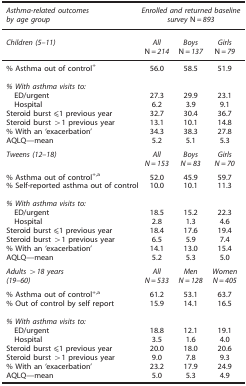
<table><thead><tr><td><b><i>Asthma-related outcomes by age group</i></b></td><td colspan="3"><b><i>Enrolled and returned baseline survey</i> N<i>=893</i></b></td></tr><tr><td><b><i>Children (5–11)</i></b></td><td><b><i>All</i> N<i>=214</i></b></td><td><b><i>Boys</i> N<i>=137</i></b></td><td><b><i>Girls</i> N<i>=79</i></b></td></tr></thead><tbody><tr><td>% Asthma out of control<sup>+</sup></td><td>56.0</td><td>58.5</td><td>51.9</td></tr><tr><td colspan="4"><i>% With asthma visits to:</i></td></tr><tr><td> ED/urgent</td><td>27.3</td><td>29.9</td><td>23.1</td></tr><tr><td> Hospital</td><td>6.2</td><td>3.9</td><td>9.1</td></tr><tr><td>Steroid burst ⩽1 previous year</td><td>32.7</td><td>30.4</td><td>36.7</td></tr><tr><td>Steroid burst &gt;1 previous year</td><td>13.1</td><td>10.1</td><td>14.8</td></tr><tr><td>% With an ‘exacerbation’</td><td>34.3</td><td>38.3</td><td>27.8</td></tr><tr><td>AQLQ—mean</td><td>5.2</td><td>5.1</td><td>5.3</td></tr><tr><td><i>Tweens (12–18)</i></td><td><i>All</i><i>N</i><i>=153</i></td><td><i>Boys</i><i>N</i><i>=83</i></td><td><i>Girls</i><i>N</i><i>=70</i></td></tr><tr><td>% Asthma out of control<sup>+,</sup>a</td><td>52.0</td><td>45.9</td><td>59.7</td></tr><tr><td>% Self-reported asthma out of control</td><td>10.0</td><td>10.1</td><td>11.3</td></tr><tr><td colspan="4"><i>% With asthma visits to:</i></td></tr><tr><td> ED/urgent</td><td>18.5</td><td>15.2</td><td>22.3</td></tr><tr><td> Hospital</td><td>2.8</td><td>1.3</td><td>4.6</td></tr><tr><td>Steroid burst ⩽1 previous year</td><td>18.4</td><td>17.6</td><td>19.4</td></tr><tr><td>Steroid burst &gt;1 previous year</td><td>6.5</td><td>5.9</td><td>7.4</td></tr><tr><td>% With an ‘exacerbation’</td><td>14.1</td><td>13.0</td><td>15.4</td></tr><tr><td>AQLQ—mean</td><td>5.2</td><td>5.3</td><td>5.0</td></tr><tr><td><i>Adults &gt;18 years (19–60)</i></td><td><i>All</i><i>N</i><i>=533</i></td><td><i>Men</i><i>N</i><i>=128</i></td><td><i>Women</i><i>N</i><i>=405</i></td></tr><tr><td>% Asthma out of control<sup>+,</sup>a</td><td>61.2</td><td>53.1</td><td>63.7</td></tr><tr><td>% Out of control by self report</td><td>15.9</td><td>14.1</td><td>16.5</td></tr><tr><td colspan="4"><i>% With asthma visits to:</i></td></tr><tr><td> ED/urgent</td><td>18.8</td><td>12.1</td><td>19.1</td></tr><tr><td> Hospital</td><td>3.5</td><td>1.6</td><td>4.0</td></tr><tr><td>Steroid burst ⩽1 previous year</td><td>20.0</td><td>18.0</td><td>20.6</td></tr><tr><td>Steroid burst &gt;1 previous year</td><td>9.0</td><td>7.8</td><td>9.3</td></tr><tr><td>% With an ‘exacerbation’</td><td>23.2</td><td>17.9</td><td>24.9</td></tr><tr><td>AQLQ—mean</td><td>5.0</td><td>5.3</td><td>4.9</td></tr></tbody></table>